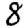
Digit: 8